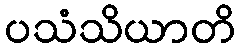
ပသံသိယာတိ